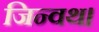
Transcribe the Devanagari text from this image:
जिन्वथ।